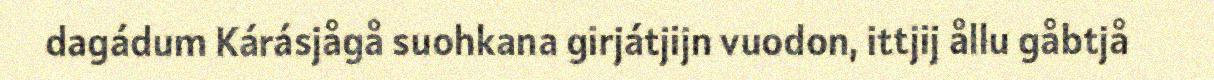
dagádum Kárásjågå suohkana girjátjijn vuodon, ittjij ållu gåbtjå